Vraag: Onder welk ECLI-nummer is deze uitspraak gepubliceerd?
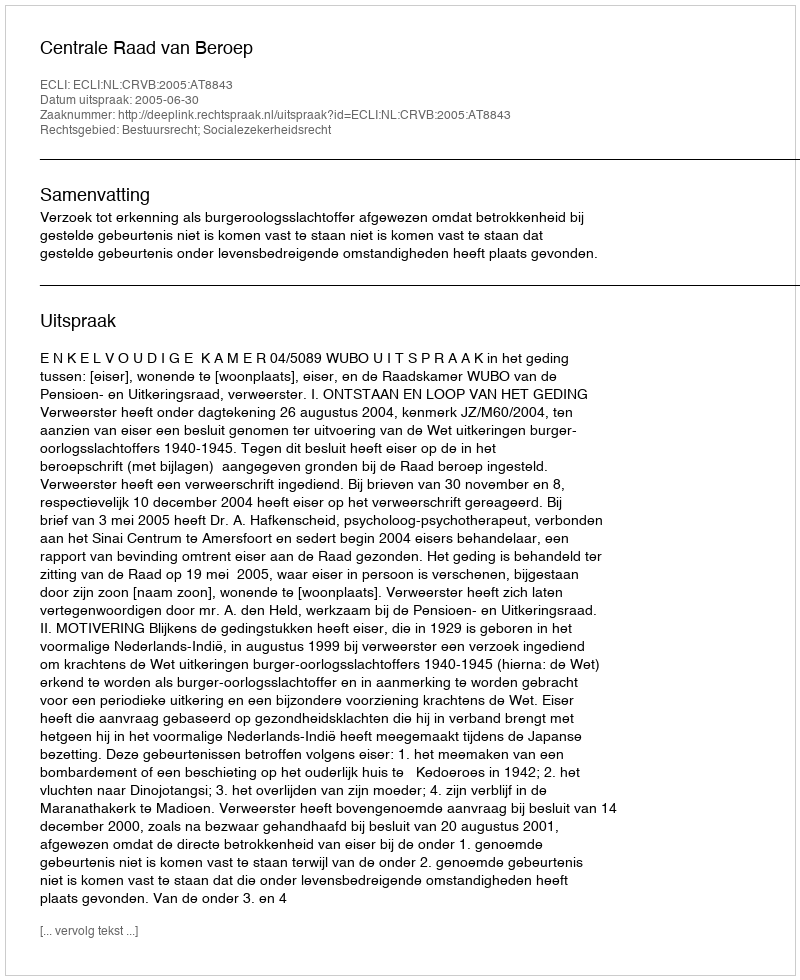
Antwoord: ECLI:NL:CRVB:2005:AT8843